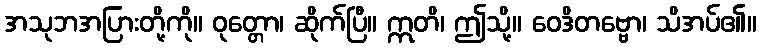
အသုဘအပြားတို့ကို။ ဝုတ္တော၊ ဆိုက်ပြီ။ ဣတိ၊ ဤသို့။ ဝေဒိတဗ္ဗော၊ သိအပ်၏။